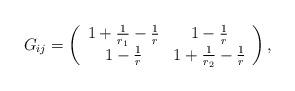
LaTeX: \begin{align*}G_{ij}=\left( \begin{array}{cc} 1+\frac{1}{r_1} -\frac{1}{r} & 1-\frac{1}{r}\\ 1-\frac{1}{r} & 1+\frac{1}{r_2}-\frac{1}{r} \end{array}\right),\end{align*}